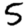
Digit: 5